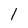
Character: l